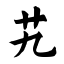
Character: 艽